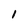
Character: 1